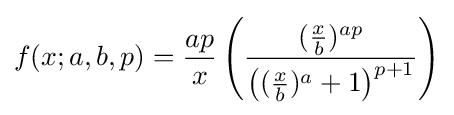
f(x;a,b,p)={\frac {ap}{x}}\left({\frac {({\tfrac {x}{b}})^{ap}}{\left(({\tfrac {x}{b}})^{a}+1\right)^{p+1}}}\right)